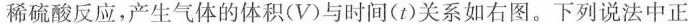
稀硫酸反应，产生气体的体积（V）与时间（t）关系如右图。下列说法中正